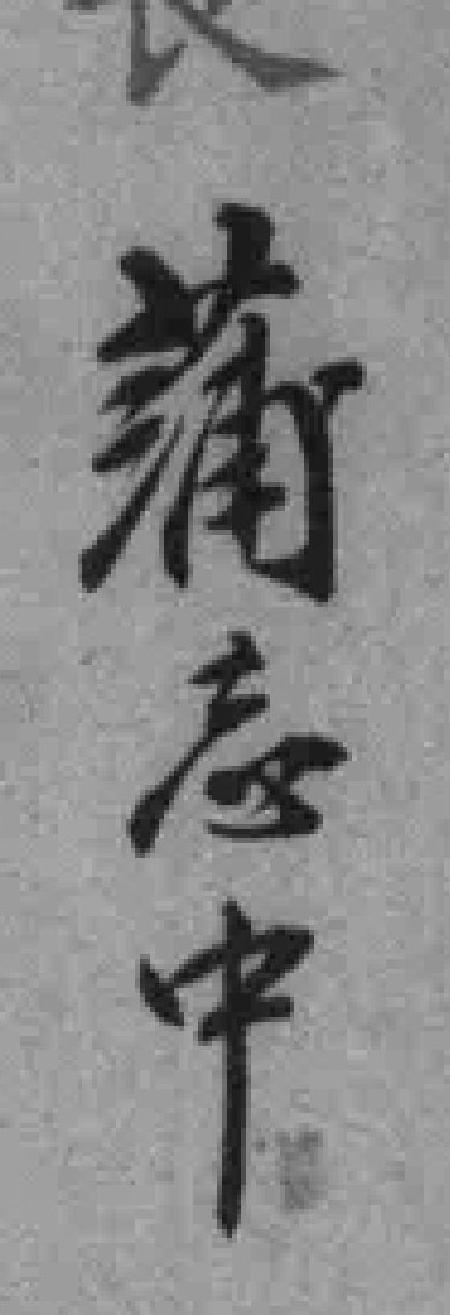
蒲忘中